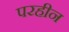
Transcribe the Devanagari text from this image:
परहीन